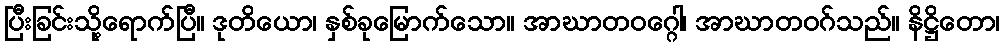
ပြီးခြင်းသို့ရောက်ပြီ။ ဒုတိယော၊ နှစ်ခုမြောက်သော။ အာဃာတဝဂ္ဂေါ၊ အာဃာတဝဂ်သည်။ နိဋ္ဌိတော၊